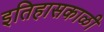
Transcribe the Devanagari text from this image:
इतिहासकाळी